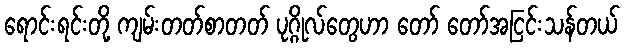
ရောင်းရင်းတို့ ကျမ်းတတ်စာတတ် ပုဂ္ဂိုလ်တွေဟာ တော် တော်အငြင်းသန်တယ်